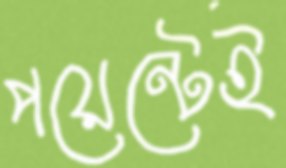
পয়েন্টেই